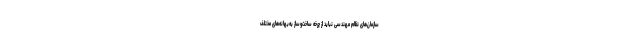
سازمان‌های نظام مهندسی نباید از چرخه ساخت‌وساز به‌بهانه‌های مختلف